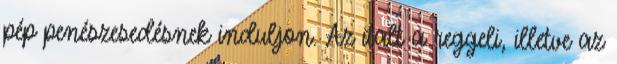
pép penészesedésnek induljon. Az italt a reggeli, illetve az